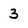
Character: 3